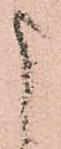
申